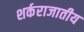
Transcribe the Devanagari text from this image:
शर्कराजातीय